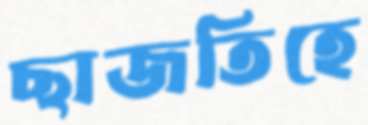
ছাজতিহে